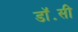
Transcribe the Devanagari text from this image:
डॉ॰सी